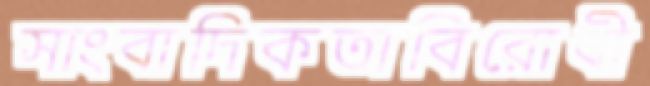
সাংবাদিকতাবিরোধী